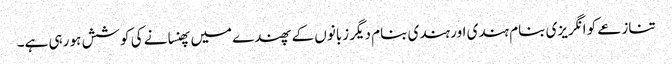
تنازعے کو انگریزی بنام ہندی اور ہندی بنام دیگر زبانوں کے پھندے میں پھنسانے کی کوشش ہو رہی ہے۔